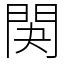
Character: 䦑